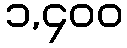
၁,၄၀၀